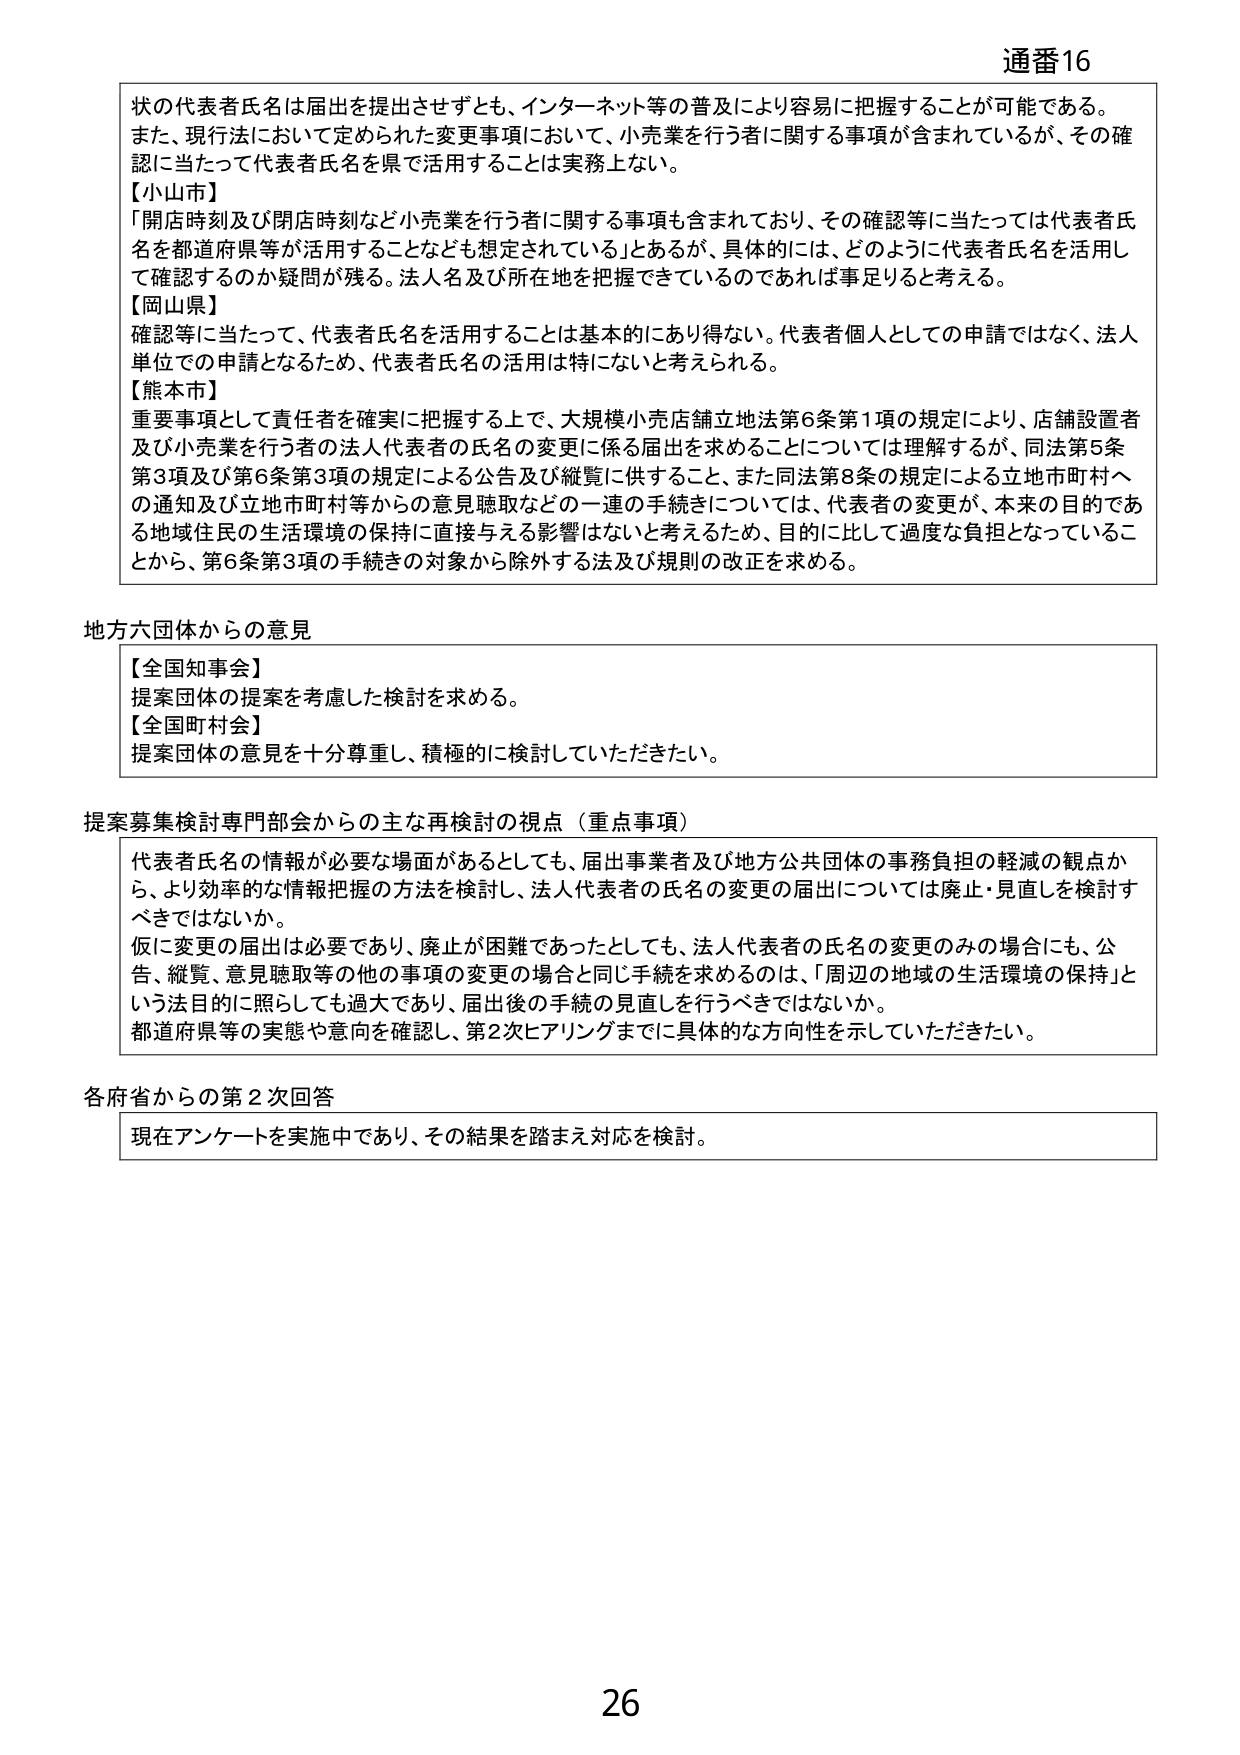
通番16

状の代表者氏名は届出を提出させずとも、インターネット等の普及により容易に把握することが可能である。また、現行法において定められた変更事項において、小売業を行う者に関する事項が含まれているが、その確認に当たって代表者氏名を県で活用することは実務上ない。

【小山市】
「開店時刻及び閉店時刻など小売業を行う者に関する事項も含まれており、その確認等に当たっては代表者氏名を都道府県等が活用することなども想定されている」とあるが、具体的には、どのように代表者氏名を活用して確認するのか疑問が残る。法人名及び所在地を把握できているのであれば事足りると考える。

【岡山県】
確認等に当たって、代表者氏名を活用することは基本的にあり得ない。代表者個人としての申請ではなく、法人単位での申請となるため、代表者氏名の活用は特にないと考えられる。

【熊本市】
重要事項として責任者を確実に把握する上で、大規模小売店舗立地法第6条第1項の規定により、店舗設置者及び小売業を行う者の法人代表者の氏名の変更に係る届出を求めることについては理解するが、同法第5条第3項及び第6条第3項の規定による公告及び縦覧に供すること、また同法第8条の規定による立地市町村への通知及び立地市町村等からの意見聴取などの一連の手続きについては、代表者の変更が、本来の目的である地域住民の生活環境の保持に直接与える影響はないと考えるため、目的に比して過度な負担となっていることから、第6条第3項の手続きの対象から除外する法及び規則の改正を求める。

地方六団体からの意見

【全国知事会】
提案団体の提案を考慮した検討を求める。

【全国町村会】
提案団体の意見を十分尊重し、積極的に検討していただきたい。

提案募集検討専門部会からの主な再検討の視点（重点事項）

代表者氏名の情報が必要な場面があるとしても、届出事業者及び地方公共団体の事務負担の軽減の観点から、より効率的な情報把握の方法を検討し、法人代表者の氏名の変更の届出については廃止・見直しを検討すべきではないか。
仮に変更の届出は必要であり、廃止が困難であったとしても、法人代表者の氏名の変更のみの場合にも、公告、縦覧、意見聴取等の他の事項の変更の場合と同じ手続を求めるのは、「周辺の地域の生活環境の保持」という法目的に照らしても過大であり、届出後の手続の見直しを行うべきではないか。
都道府県等の実態や意向を確認し、第2次ヒアリングまでに具体的な方向性を示していただきたい。

各府省からの第2次回答

現在アンケートを実施中であり、その結果を踏まえ対応を検討。

26